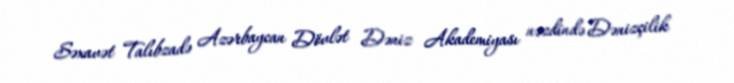
Səxavət Talıbzadə Azərbaycan Dövlət Dəniz Akademiyası nəzdində Dənizçilik